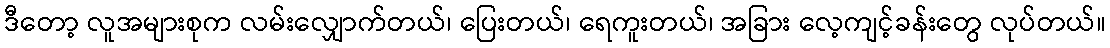
ဒီတော့ လူအများစုက လမ်းလျှောက်တယ်၊ ပြေးတယ်၊ ရေကူးတယ်၊ အခြား လေ့ကျင့်ခန်းတွေ လုပ်တယ်။